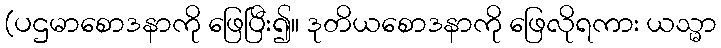
(ပဌမာစောဒနာကို ဖြေပြီး၍။ ဒုတိယစောဒနာကို ဖြေလိုရကား ယသ္မာ